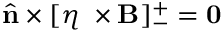
\hat { \mathbf { n } } \times [ \eta \mathbf { \nabla } \times \mathbf { B } ] _ { - } ^ { + } = \mathbf { 0 }